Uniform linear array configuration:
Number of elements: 4
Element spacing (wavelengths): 0.75
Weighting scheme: binomial
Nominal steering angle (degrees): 60
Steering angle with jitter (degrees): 58.14
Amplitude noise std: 0.05
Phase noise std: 0.05

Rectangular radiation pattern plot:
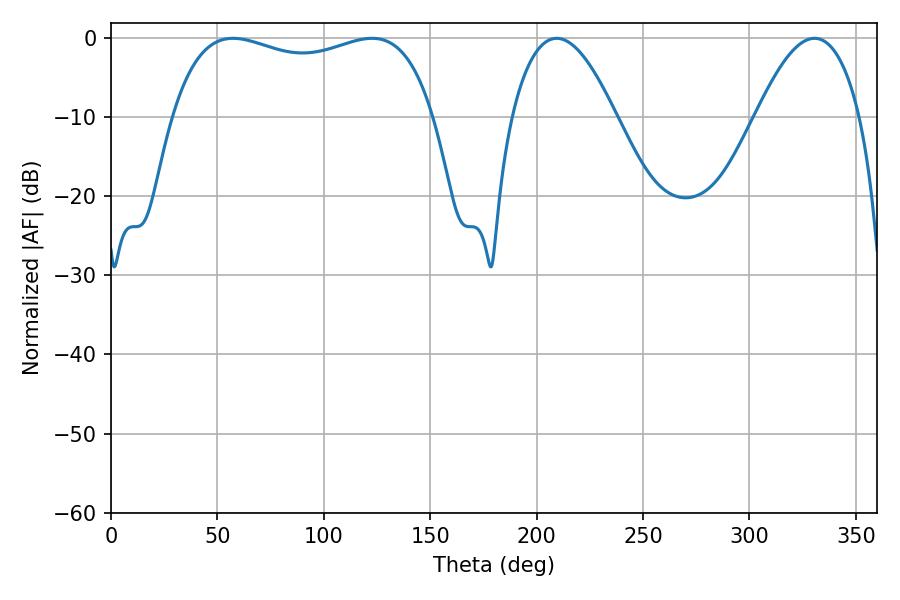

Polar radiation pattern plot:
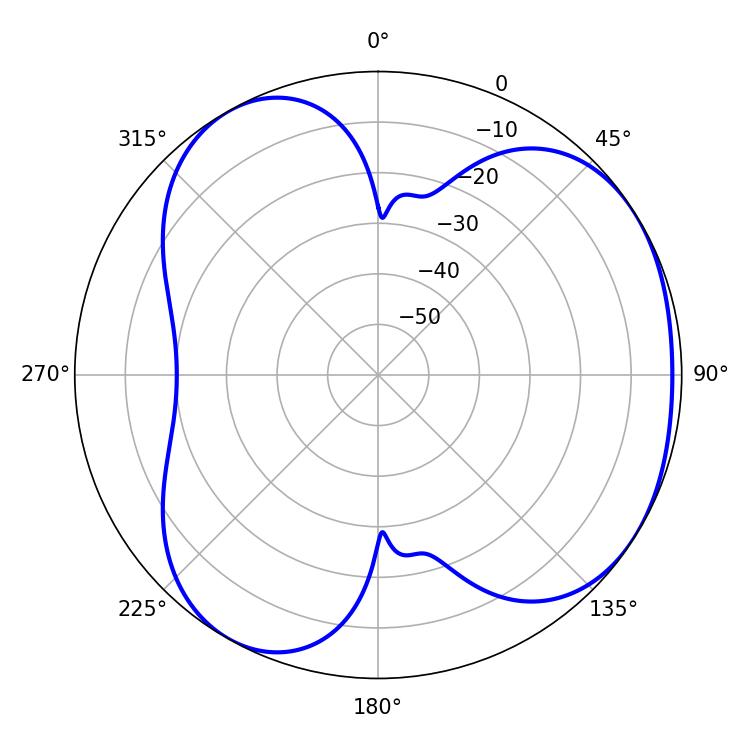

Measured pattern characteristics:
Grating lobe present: TRUE
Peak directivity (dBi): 4.046
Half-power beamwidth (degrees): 100.44
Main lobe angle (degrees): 57.42